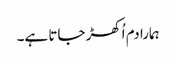
ہمارا دم اُکھڑ جاتا ہے۔